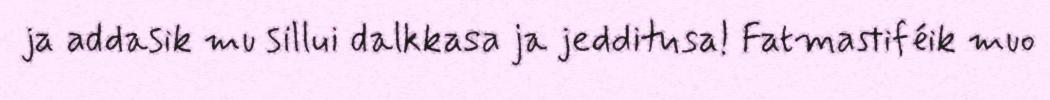
ja addasik mu sillui dalkkasa ja jedditusa! Fatmastiféik muo